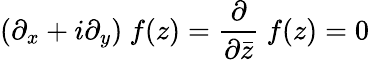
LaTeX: (\partial_{x}+i\partial_{y})~f(z)=\frac{\partial}{\partial\bar{z}}~f(z)=0